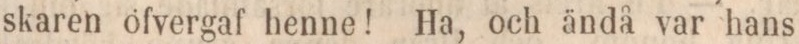
skaren ofvergaf henne! Ha, och ändå var hans